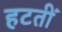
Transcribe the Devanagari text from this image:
हटतीं